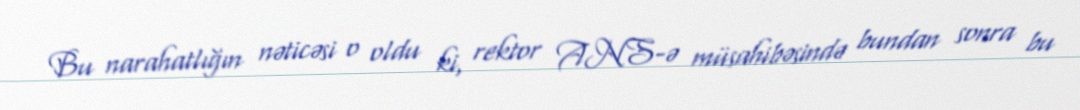
Bu narahatlığın nəticəsi o oldu ki, rektor ANS-ə müsahibəsində bundan sonra bu